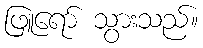
ဖြူရော် သွားသည်။